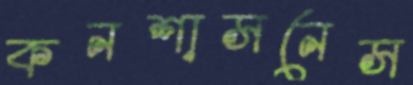
কনশাসনেস